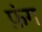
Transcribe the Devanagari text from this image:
फ़ंग